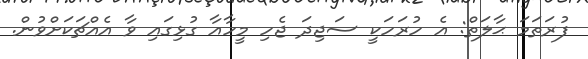
ފުރަތަމަ ޙާލަތް: އެ ހުރަހަކީ ސަޖިދަ ޖެހި މީހާއާ ގުޅިގައި ވާ އެއްޗަކަށްވުން.